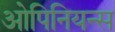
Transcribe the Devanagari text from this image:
ओपिनियन्स